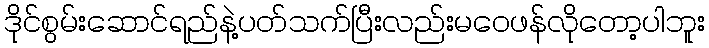
ဒိုင်စွမ်းဆောင်ရည်နဲ့ပတ်သက်ပြီးလည်းမဝေဖန်လိုတော့ပါဘူး